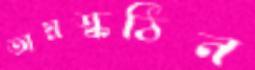
অয়স্কঠিন